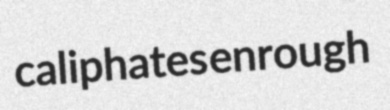
caliphates enrough